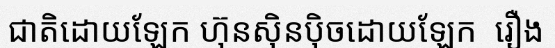
ជាតិដោយឡែក ហ៊ុនស៊ិនប៉ិចដោយឡែក  រឿង